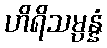
ဟိရိသမ္ပန္နံ